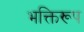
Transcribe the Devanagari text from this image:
भक्तिरूप